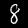
Digit: 8